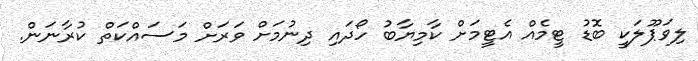
ލިވަޕޫލަކީ ބޮޑު ޓީމެއް އެޓީމަށް ކާމިޔާބު ހޯދައި ދިނުމަށް ވަރަށް މަސައްކަތް ކުރާނަން.